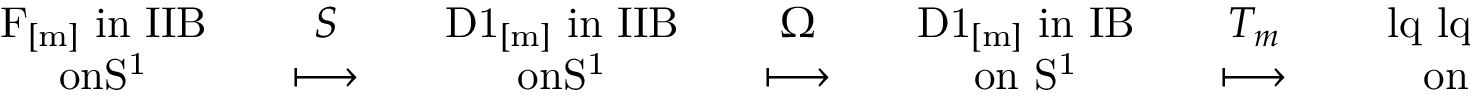
{ \begin{array} { c } { { \mathrm { F _ { [ m ] } ~ i n ~ I I B } } } \\ { { \mathrm { o n S ^ { 1 } } } } \end{array} } \quad { \begin{array} { c } { { S } } \\ { { \longmapsto } } \end{array} } \quad { \begin{array} { c } { { \mathrm { D 1 _ { [ m ] } ~ i n ~ I I B } } } \\ { { \mathrm { o n S ^ { 1 } } } } \end{array} } \quad { \begin{array} { c } { { \Omega } } \\ { { \longmapsto } } \end{array} } \quad { \begin{array} { c } { { \mathrm { D 1 _ { [ m ] } ~ i n ~ I B } } } \\ { { \mathrm { o n ~ S ^ { 1 } } } } \end{array} } \quad { \begin{array} { c } { { T _ { m } } } \\ { { \longmapsto } } \end{array} } \quad { \begin{array} { c } { { \mathrm { \ l q \ l q D 0 " ~ i n ~ I ^ { \prime } } } } \\ { { \mathrm { o n ~ S ^ { 1 } / Z _ { 2 } } } } \end{array} } \quad ,